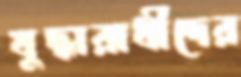
যুদ্ধারাধীদের